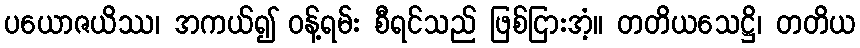
ပယောဇယိဿ၊ အကယ်၍ ဝန့်ရမ်း စီရင်သည် ဖြစ်ငြားအံ့။ တတိယသေဋ္ဌိ၊ တတိယ